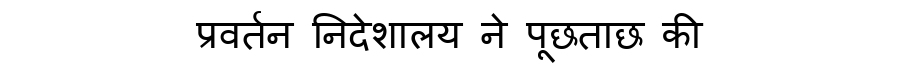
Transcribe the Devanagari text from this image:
प्रवर्तन निदेशालय ने पूछताछ की